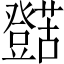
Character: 𱿁